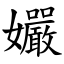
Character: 孍